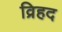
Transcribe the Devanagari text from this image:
व्रिहद